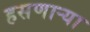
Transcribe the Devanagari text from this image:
हसणाऱ्या